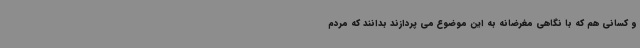
و کسانی هم که با نگاهی مغرضانه به این موضوع می پردازند بدانند که مردم